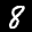
Label: 8